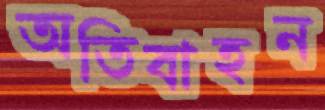
অতিবাহন